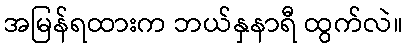
အမြန်ရထားက ဘယ်နှနာရီ ထွက်လဲ။